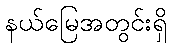
နယ်မြေအတွင်းရှိ